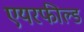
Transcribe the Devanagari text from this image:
एयरफील्‍ड